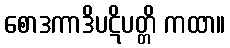
စောဒကာဒိပဋိပတ္တိ ကထာ။